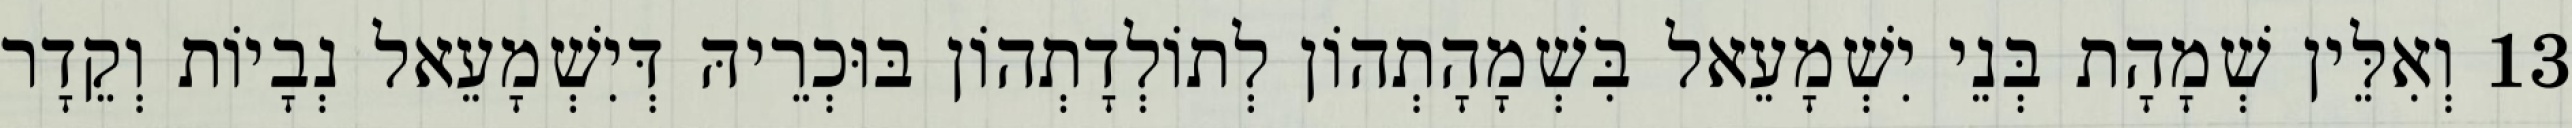
13 וְאִלֵּין שְׁמָהָת בְּנֵי יִשְׁמָעֵאל בִּשְׁמָהָתְהוֹן לְתוֹלְדָתְהוֹן בּוּכְרֵיהּ דְּיִשְׁמָעֵאל נְבָיוֹת וְקֵדָר